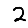
Digit: 2